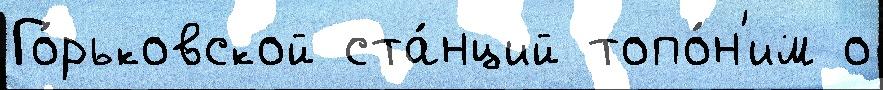
Го́рьковской ста́нций топо́н'им о